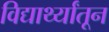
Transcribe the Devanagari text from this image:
विद्यार्थ्यांतून